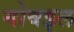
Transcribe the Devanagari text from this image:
मोबइल